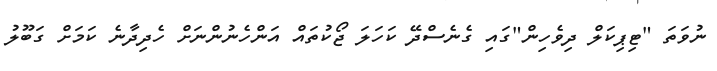
ނުވަތަ "ޓިޕިކަލް ދިވެހިން"ގައި ގެނެސްދޭ ކަހަލަ ޖޯކުތައް އަންހެނުންނަށް ހެދިދާނެ ކަމަށް ގަބޫލު